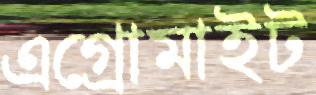
এগ্রোমাইট